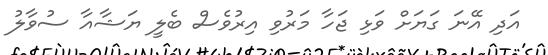
އަދި އޭނަ ގަޔަށް ވަޅި ޖަހާ މަރުވި އިރުވެސް ބެލީ ޔަޝާއާ ސުވާލު